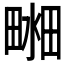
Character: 𤲴